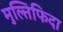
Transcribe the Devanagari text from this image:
मुल्तिफिदा